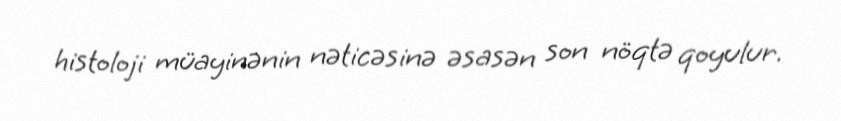
histoloji müayinənin nəticəsinə əsasən son nöqtə qoyulur.